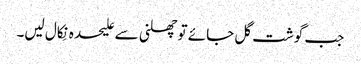
جب گوشت گل جائے تو چھلنی سے علیحدہ نِکال لیں۔